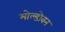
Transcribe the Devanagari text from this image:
मोल्डोवन